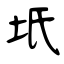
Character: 坁